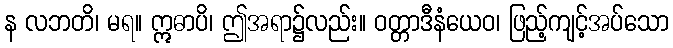
န လဘတိ၊ မရ။ ဣဓာပိ၊ ဤအရာ၌လည်း။ ဝတ္တာဒီနံယေဝ၊ ဖြည့်ကျင့်အပ်သော